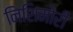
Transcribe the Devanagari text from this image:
निशिमोरी